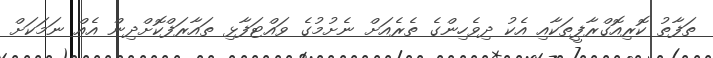
ތަފާތު ކޮރިއޮގްރާފީތަކާއި އެކު ދިވެހިންގެ ތެރެއަށް ނެށުމުގެ ވައްޓަފާޅި ތައާރަފްކޮށްދިން އެއް ނަމަކަށް